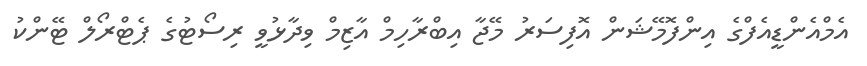
އެމްއެންޑީއެފްގެ އިންފޮމޭޝަން އޮފިސަރު މޭޖާ އިބްރާހިމް އާޒިމް ވިދާޅުވީ ރިސޯޓުގެ ޕެޓްރޯލް ޓޭންކު